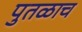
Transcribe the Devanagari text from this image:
पुतळाच